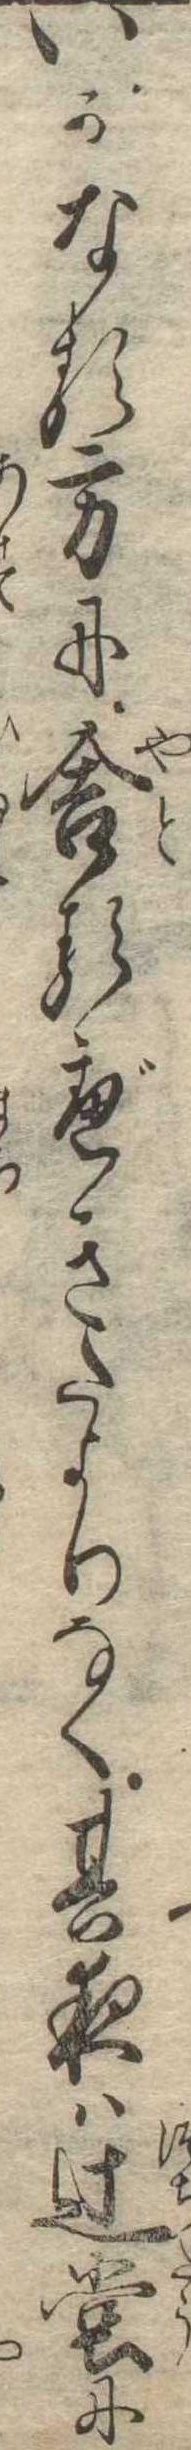
いかなる方に舎るべきたよりなく其夜は辻堂に